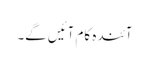
آئندہ کام آئیں گے۔